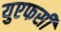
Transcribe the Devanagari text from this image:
युएफसी